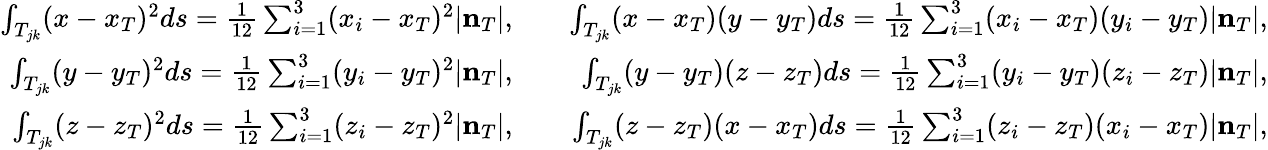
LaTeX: \begin{array}{rlr}{\int_{T_{jk}}(x-x_{T})^{2}ds=\frac{1}{12}\sum_{i=1}^{3}(x_{i}-x_{T})^{2}|{\mathbf n}_{T}|,}&{}&{\int_{T_{jk}}(x-x_{T})(y-y_{T})ds=\frac{1}{12}\sum_{i=1}^{3}(x_{i}-x_{T})(y_{i}-y_{T})|{\mathbf n}_{T}|,}\\ {\int_{T_{jk}}(y-y_{T})^{2}ds=\frac{1}{12}\sum_{i=1}^{3}(y_{i}-y_{T})^{2}|{\mathbf n}_{T}|,}&{}&{\int_{T_{jk}}(y-y_{T})(z-z_{T})ds=\frac{1}{12}\sum_{i=1}^{3}(y_{i}-y_{T})(z_{i}-z_{T})|{\mathbf n}_{T}|,}\\ {\int_{T_{jk}}(z-z_{T})^{2}ds=\frac{1}{12}\sum_{i=1}^{3}(z_{i}-z_{T})^{2}|{\mathbf n}_{T}|,}&{}&{\int_{T_{jk}}(z-z_{T})(x-x_{T})ds=\frac{1}{12}\sum_{i=1}^{3}(z_{i}-z_{T})(x_{i}-x_{T})|{\mathbf n}_{T}|,}\end{array}